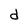
Character: d